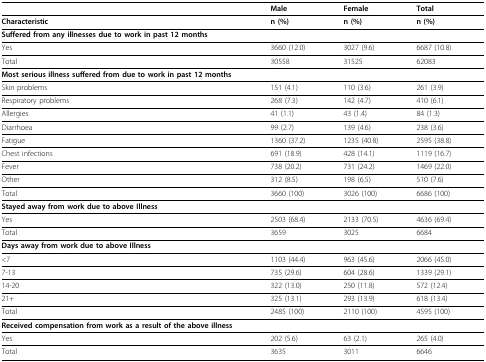
<table><thead><tr><td></td><td><b>Male</b></td><td><b>Female</b></td><td><b>Total</b></td></tr></thead><tbody><tr><td><b>Characteristic</b></td><td><b>n (%)</b></td><td><b>n (%)</b></td><td><b>n (%)</b></td></tr><tr><td><b>Suffered from any illnesses due to work in past 12 months</b></td><td></td><td></td><td></td></tr><tr><td>Yes</td><td>3660 (12.0)</td><td>3027 (9.6)</td><td>6687 (10.8)</td></tr><tr><td>Total</td><td>30558</td><td>31525</td><td>62083</td></tr><tr><td><b>Most serious illness suffered from due to work in past 12 months</b></td><td></td><td></td><td></td></tr><tr><td>Skin problems</td><td>151 (4.1)</td><td>110 (3.6)</td><td>261 (3.9)</td></tr><tr><td>Respiratory problems</td><td>268 (7.3)</td><td>142 (4.7)</td><td>410 (6.1)</td></tr><tr><td>Allergies</td><td>41 (1.1)</td><td>43 (1.4)</td><td>84 (1.3)</td></tr><tr><td>Diarrhoea</td><td>99 (2.7)</td><td>139 (4.6)</td><td>238 (3.6)</td></tr><tr><td>Fatigue</td><td>1360 (37.2)</td><td>1235 (40.8)</td><td>2595 (38.8)</td></tr><tr><td>Chest infections</td><td>691 (18.9)</td><td>428 (14.1)</td><td>1119 (16.7)</td></tr><tr><td>Fever</td><td>738 (20.2)</td><td>731 (24.2)</td><td>1469 (22.0)</td></tr><tr><td>Other</td><td>312 (8.5)</td><td>198 (6.5)</td><td>510 (7.6)</td></tr><tr><td>Total</td><td>3660 (100)</td><td>3026 (100)</td><td>6686 (100)</td></tr><tr><td><b>Stayed away from work due to above Illness</b></td><td></td><td></td><td></td></tr><tr><td>Yes</td><td>2503 (68.4)</td><td>2133 (70.5)</td><td>4636 (69.4)</td></tr><tr><td>Total</td><td>3659</td><td>3025</td><td>6684</td></tr><tr><td><b>Days away from work due to above Illness</b></td><td></td><td></td><td></td></tr><tr><td>&lt;7</td><td>1103 (44.4)</td><td>963 (45.6)</td><td>2066 (45.0)</td></tr><tr><td>7-13</td><td>735 (29.6)</td><td>604 (28.6)</td><td>1339 (29.1)</td></tr><tr><td>14-20</td><td>322 (13.0)</td><td>250 (11.8)</td><td>572 (12.4)</td></tr><tr><td>21+</td><td>325 (13.1)</td><td>293 (13.9)</td><td>618 (13.4)</td></tr><tr><td>Total</td><td>2485 (100)</td><td>2110 (100)</td><td>4595 (100)</td></tr><tr><td><b>Received compensation from work as a result of the above illness</b></td><td></td><td></td><td></td></tr><tr><td>Yes</td><td>202 (5.6)</td><td>63 (2.1)</td><td>265 (4.0)</td></tr><tr><td>Total</td><td>3635</td><td>3011</td><td>6646</td></tr></tbody></table>